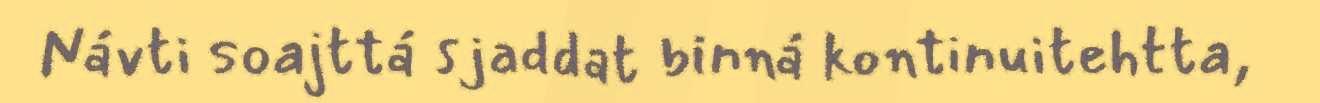
Návti soajttá sjaddat binná kontinuitehtta,